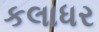
કલાધર